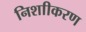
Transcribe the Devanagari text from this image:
निशाीकरण